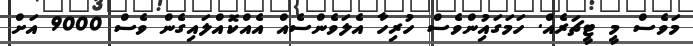
މަވެސް މީ ޓީޗަރެއް. ހަމަގައިުންވެސް ހުރިހާ އެލަވެންސެއް އެއްކޮއްލައިގެން ވެސް 9000 އަށް